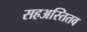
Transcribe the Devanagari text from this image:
सहअस्तितव